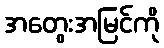
အတွေးအမြင်ကို